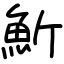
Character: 䰺